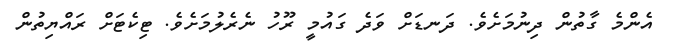
އެންމެ ގާތުން ދިނުމަށެވެ. ދަނޑަށް ވަދެ ގައުމީ ރޫހު ނެރެލުމަށެވެ. ޓިކެޓަށް ރައްޔިތުން